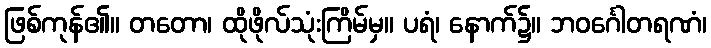
ဖြစ်ကုန်၏။ တတော၊ ထိုဖိုလ်သုံးကြိမ်မှ။ ပရံ၊ နောက်၌။ ဘဝင်္ဂေါတရဏံ၊